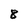
Character: 8